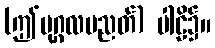
(ဤပုဂ္ဂလပညတ်) ပါဠိ၌။